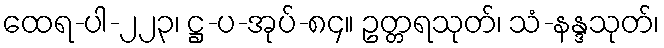
ထေရ-ပါ-၂၂၃၊ ဋ္ဌ-ပ-အုပ်-၈၄။ ဥတ္တရသုတ်၊ သံ-နန္ဒသုတ်၊